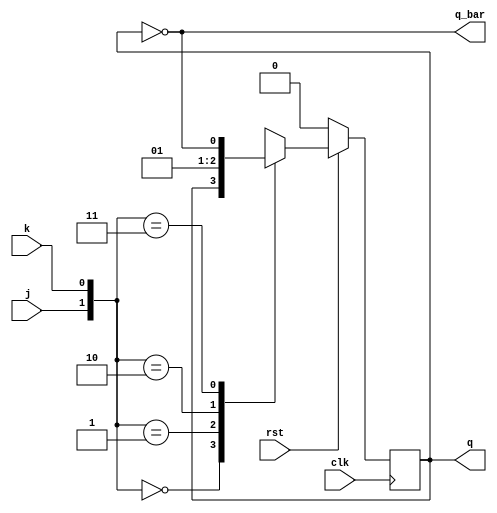
module JK_FF(
	input clk, rst,
	input j, k,
	output reg q,
	output q_bar
);

always @(posedge clk) begin 
	if (!rst)
		q <= 0;
	else begin 
		case ({j, k})
			2'b00: q <= q;     // no change
			2'b01: q <= 1'b0;  // reset
			2'b10: q <= 1'b1;  // set
			2'b11: q <= ~q;    // toggle
		endcase
	end
end 

assign q_bar = ~q;
endmodule